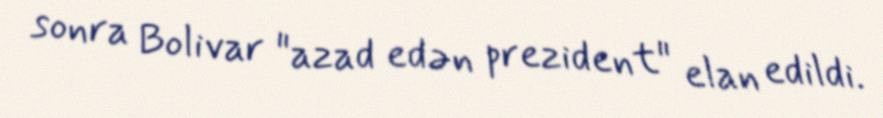
sonra Bolivar "azad edən prezident" elan edildi.